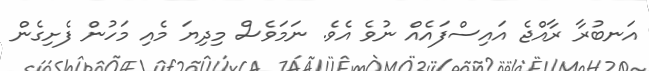
އަނބުރާ ރާއްޖެ އައިސްފައެއް ނުވެ އެވެ. ނަމަވެސް މިދިޔަ މެއި މަހުން ފެށިގެން